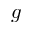
g